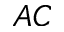
_ { A C }